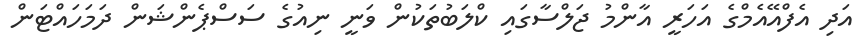
އަދި އެފްއޭއެމްގެ އަހަރީ އާންމު ޖަލްސާގައި ކްލަބުތަކުން ވަނީ ނިއުގެ ސަސްޕެންޝަން ދަމަހައްޓަން